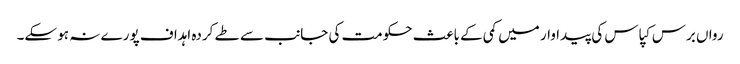
رواں برس کپاس کی پیداوار میں کمی کے باعث حکومت کی جانب سے طے کردہ اہداف پورے نہ ہو سکے۔